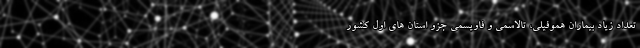
تعداد زیاد بیماران هموفیلی، تالاسمی و فاویسمی جزو استان های اول کشور